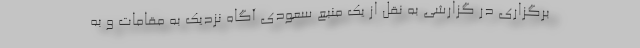
برگزاری در گزارشی به نقل از یک منبع سعودی آگاه نزدیک به مقامات و به